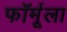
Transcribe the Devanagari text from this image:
फाॅर्मूला